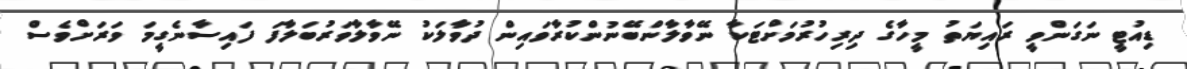
ޑިއުޓީ ނަގަންވީ ރައިޔަތު މީހާގެ ދިރިހުރުމަށްޓަކާ ނޭވާލާންބޭނުންކުރާވައިން ދުވާލަކު ނޭވާލާވަރުބަލާފަ ފައިސާނެގީމަ ވަރަށްވެސް